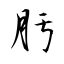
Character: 肟